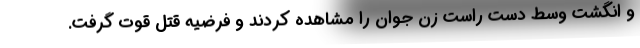
و انگشت وسط دست راست زن جوان را مشاهده کردند و فرضیه قتل قوت گرفت.